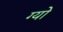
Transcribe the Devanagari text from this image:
ग्यो